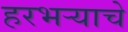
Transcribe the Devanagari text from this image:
हरभर्‍याचे